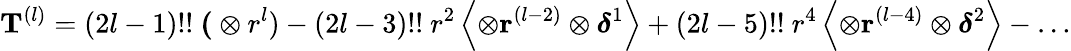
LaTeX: \mathbf{T}^{(l)}=(2l-1)!!\ \mathbf{(}\otimes r^{l})-(2l-3)!!\ r^{2}\left\langle\otimes\mathbf{r}^{(l-2)}\otimes{\mathsf{\boldsymbol{\delta}}}^{1}\right\rangle+(2l-5)!!\ r^{4}\left\langle\otimes\mathbf{r}^{(l-4)}\otimes{\mathsf{\boldsymbol{\delta}}}^{2}\right\rangle-\ldots